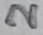
Text: 2